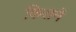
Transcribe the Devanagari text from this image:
किसनें